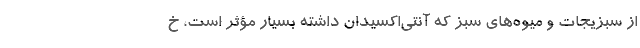
از سبزیجات و میوه‌های سبز که آنتی‌اکسیدان داشته بسیار مؤثر است، خ